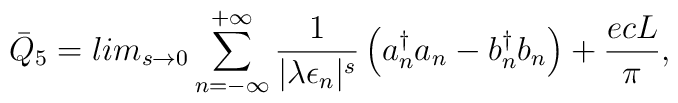
{\bar Q}_5= lim_{s\rightarrow0}\sum_{n= -\infty}^{+ \infty}  \frac{1}{|\lambda \epsilon_n|^s}\left( { a}_n^\dagger { a}_n - { b}_n^\dagger { b}_n  \right)+\frac{ecL}{\pi},